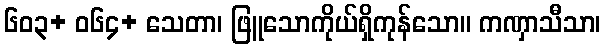
၆၀၃+ ဝ၆၄+ သေတာ၊ ဖြူသောကိုယ်ရှိကုန်သော။ ကဏှာသီသာ၊